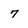
Character: 7